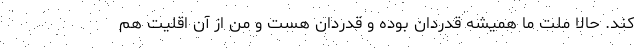
کند. حالا ملت ما همیشه قدردان بوده و قدردان هست و من از آن اقلیت هم